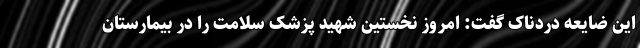
این ضایعه دردناک گفت: امروز نخستین شهید پزشک سلامت را در بیمارستان